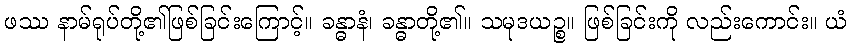
ဖဿ နာမ်ရုပ်တို့၏ဖြစ်ခြင်းကြောင့်။ ခန္ဓာနံ၊ ခန္ဓာတို့၏။ သမုဒယဉ္စ။ ဖြစ်ခြင်းကို လည်းကောင်း။ ယံ